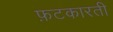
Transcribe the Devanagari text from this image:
फ़टकारती